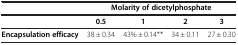
|  | <COLSPAN=4> Molarity of dicetylphosphate |
 | --- | --- | --- | --- | --- |
 |  | 0.5 | 1 | 2 | 3 |
 | Encapsulation efficacy | 38 ± 0.34 | 43% ± 0.14** | 34 ± 0.11 | 27 ± 0.30 |